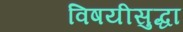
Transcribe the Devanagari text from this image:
विषयीसुद्धा